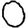
Digit: 0